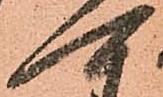
可